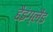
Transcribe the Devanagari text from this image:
हैइंग्लैंड